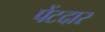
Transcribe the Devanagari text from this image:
पेंटदार